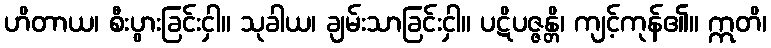
ဟိတာယ၊ စီးပွားခြင်းငှါ။ သုခါယ၊ ချမ်းသာခြင်းငှါ။ ပဋိပဇ္ဇန္တိ၊ ကျင့်ကုန်၏။ ဣတိ၊